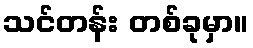
သင်တန်း တစ်ခုမှာ။